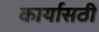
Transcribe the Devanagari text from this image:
कार्यासठी